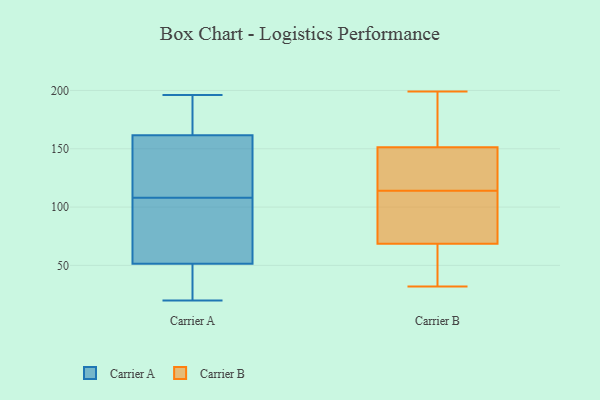
{"axis": {"x": "Population (Million)", "y": "Value"}, "legend": ["Carrier A", "Carrier B"], "data": [{"x": "", "y": 162, "type": "Carrier A"}, {"x": "", "y": 50, "type": "Carrier A"}, {"x": "", "y": 56, "type": "Carrier A"}, {"x": "", "y": 74, "type": "Carrier A"}, {"x": "", "y": 20, "type": "Carrier A"}, {"x": "", "y": 166, "type": "Carrier A"}, {"x": "", "y": 183, "type": "Carrier A"}, {"x": "", "y": 50, "type": "Carrier A"}, {"x": "", "y": 108, "type": "Carrier A"}, {"x": "", "y": 184, "type": "Carrier A"}, {"x": "", "y": 106, "type": "Carrier A"}, {"x": "", "y": 196, "type": "Carrier A"}, {"x": "", "y": 128, "type": "Carrier A"}, {"x": "", "y": 35, "type": "Carrier A"}, {"x": "", "y": 113, "type": "Carrier A"}, {"x": "", "y": 81, "type": "Carrier A"}, {"x": "", "y": 119, "type": "Carrier A"}, {"x": "", "y": 46, "type": "Carrier A"}, {"x": "", "y": 160, "type": "Carrier A"}, {"x": "", "y": 75, "type": "Carrier B"}, {"x": "", "y": 32, "type": "Carrier B"}, {"x": "", "y": 185, "type": "Carrier B"}, {"x": "", "y": 128, "type": "Carrier B"}, {"x": "", "y": 111, "type": "Carrier B"}, {"x": "", "y": 116, "type": "Carrier B"}, {"x": "", "y": 80, "type": "Carrier B"}, {"x": "", "y": 47, "type": "Carrier B"}, {"x": "", "y": 49, "type": "Carrier B"}, {"x": "", "y": 167, "type": "Carrier B"}, {"x": "", "y": 123, "type": "Carrier B"}, {"x": "", "y": 114, "type": "Carrier B"}, {"x": "", "y": 146, "type": "Carrier B"}, {"x": "", "y": 97, "type": "Carrier B"}, {"x": "", "y": 199, "type": "Carrier B"}, {"x": "", "y": 43, "type": "Carrier B"}, {"x": "", "y": 190, "type": "Carrier B"}]}